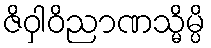
ဇိဝှါဝိညာဏသ္မိမ္ပိ